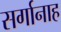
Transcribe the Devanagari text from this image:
सर्गानाह